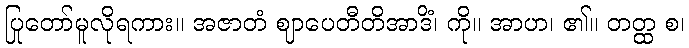
ပြုတော်မူလိုရကား။ အဇာတံ ဈာပေတီတိအာဒိံ၊ ကို။ အာဟ၊ ၏။ တတ္ထ စ၊